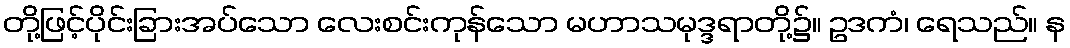
တို့ဖြင့်ပိုင်းခြားအပ်သော လေးစင်းကုန်သော မဟာသမုဒ္ဒရာတို့၌။ ဥဒကံ၊ ရေသည်။ န